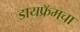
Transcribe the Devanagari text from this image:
डायफ्रॅमचा